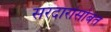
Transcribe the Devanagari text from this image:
सरदारांसोबत